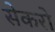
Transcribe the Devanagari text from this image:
सेकरो